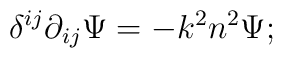
\delta^{i j} \partial_{i j} \Psi = - k^2 n^2 \Psi;